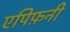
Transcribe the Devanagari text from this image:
एपिफ़नी